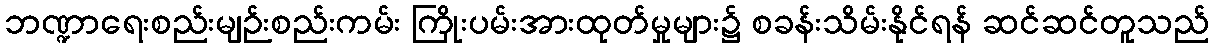
ဘဏ္ဍာရေးစည်းမျဉ်းစည်းကမ်း ကြိုးပမ်းအားထုတ်မှုများ၌ စခန်းသိမ်းနိုင်ရန် ဆင်ဆင်တူသည်